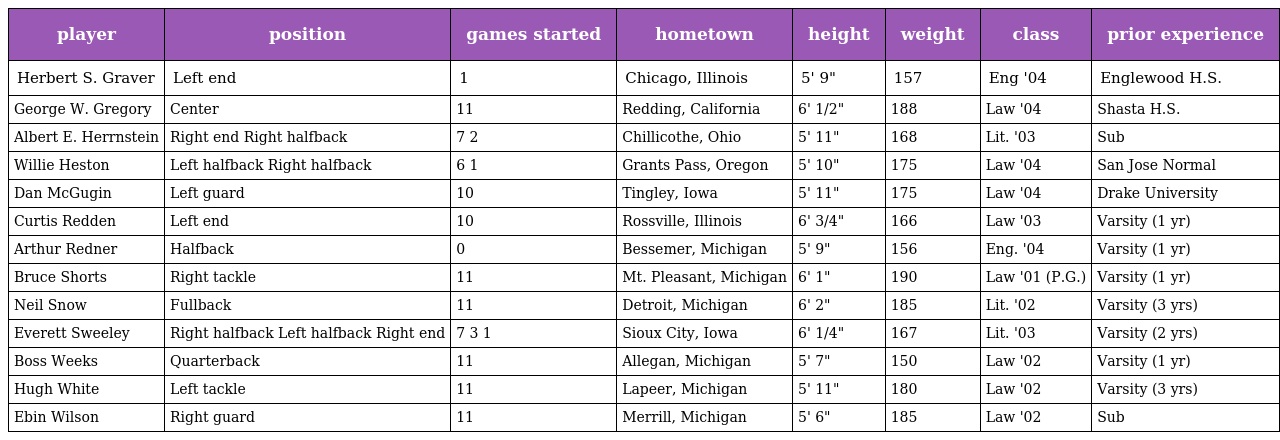
| player | position | games started | hometown | height | weight | class | prior experience |
 | --- | --- | --- | --- | --- | --- | --- | --- |
 | Herbert S. Graver | Left end | 1 | Chicago, Illinois | 5' 9" | 157 | Eng '04 | Englewood H.S. |
 | George W. Gregory | Center | 11 | Redding, California | 6' 1/2" | 188 | Law '04 | Shasta H.S. |
 | Albert E. Herrnstein | Right end Right halfback | 7 2 | Chillicothe, Ohio | 5' 11" | 168 | Lit. '03 | Sub |
 | Willie Heston | Left halfback Right halfback | 6 1 | Grants Pass, Oregon | 5' 10" | 175 | Law '04 | San Jose Normal |
 | Dan McGugin | Left guard | 10 | Tingley, Iowa | 5' 11" | 175 | Law '04 | Drake University |
 | Curtis Redden | Left end | 10 | Rossville, Illinois | 6' 3/4" | 166 | Law '03 | Varsity (1 yr) |
 | Arthur Redner | Halfback | 0 | Bessemer, Michigan | 5' 9" | 156 | Eng. '04 | Varsity (1 yr) |
 | Bruce Shorts | Right tackle | 11 | Mt. Pleasant, Michigan | 6' 1" | 190 | Law '01 (P.G.) | Varsity (1 yr) |
 | Neil Snow | Fullback | 11 | Detroit, Michigan | 6' 2" | 185 | Lit. '02 | Varsity (3 yrs) |
 | Everett Sweeley | Right halfback Left halfback Right end | 7 3 1 | Sioux City, Iowa | 6' 1/4" | 167 | Lit. '03 | Varsity (2 yrs) |
 | Boss Weeks | Quarterback | 11 | Allegan, Michigan | 5' 7" | 150 | Law '02 | Varsity (1 yr) |
 | Hugh White | Left tackle | 11 | Lapeer, Michigan | 5' 11" | 180 | Law '02 | Varsity (3 yrs) |
 | Ebin Wilson | Right guard | 11 | Merrill, Michigan | 5' 6" | 185 | Law '02 | Sub |